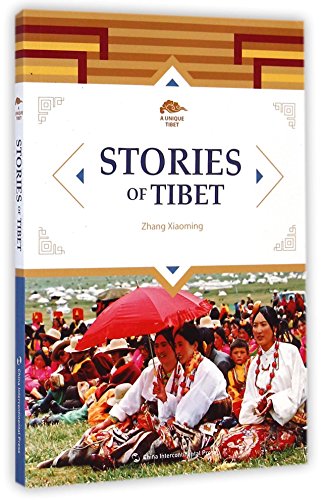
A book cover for Stories of Tibet (English Edition); Zhang Xiaoming; Travel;